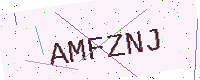
Text: AMFZNJ